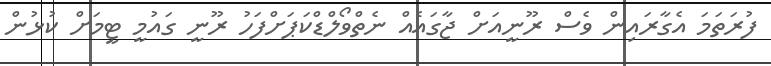
ފުރަތަމަ އެގާރައިން ވެސް ރޫނީއަށް ޖާގައެއް ނެތްވޯލްޑްކަޕަށްފަހު ރޫނީ ގައުމީ ޓީމަށް ކުޅުން